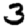
Digit: 3